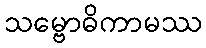
သမ္ဗောဓိကာမဿ